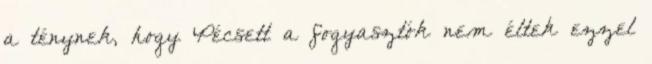
a ténynek, hogy Pécsett a fogyasztók nem éltek ezzel